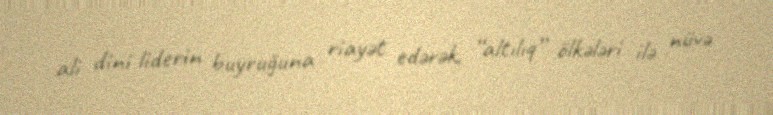
ali dini liderin buyruğuna riayət edərək, “altılıq” ölkələri ilə nüvə